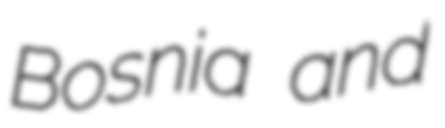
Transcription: Bosnia and